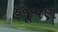
હજૂપણ